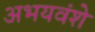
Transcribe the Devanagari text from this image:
अभयवंशे